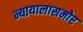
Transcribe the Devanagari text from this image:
न्यायालासमोर